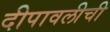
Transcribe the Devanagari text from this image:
दीपावलीची